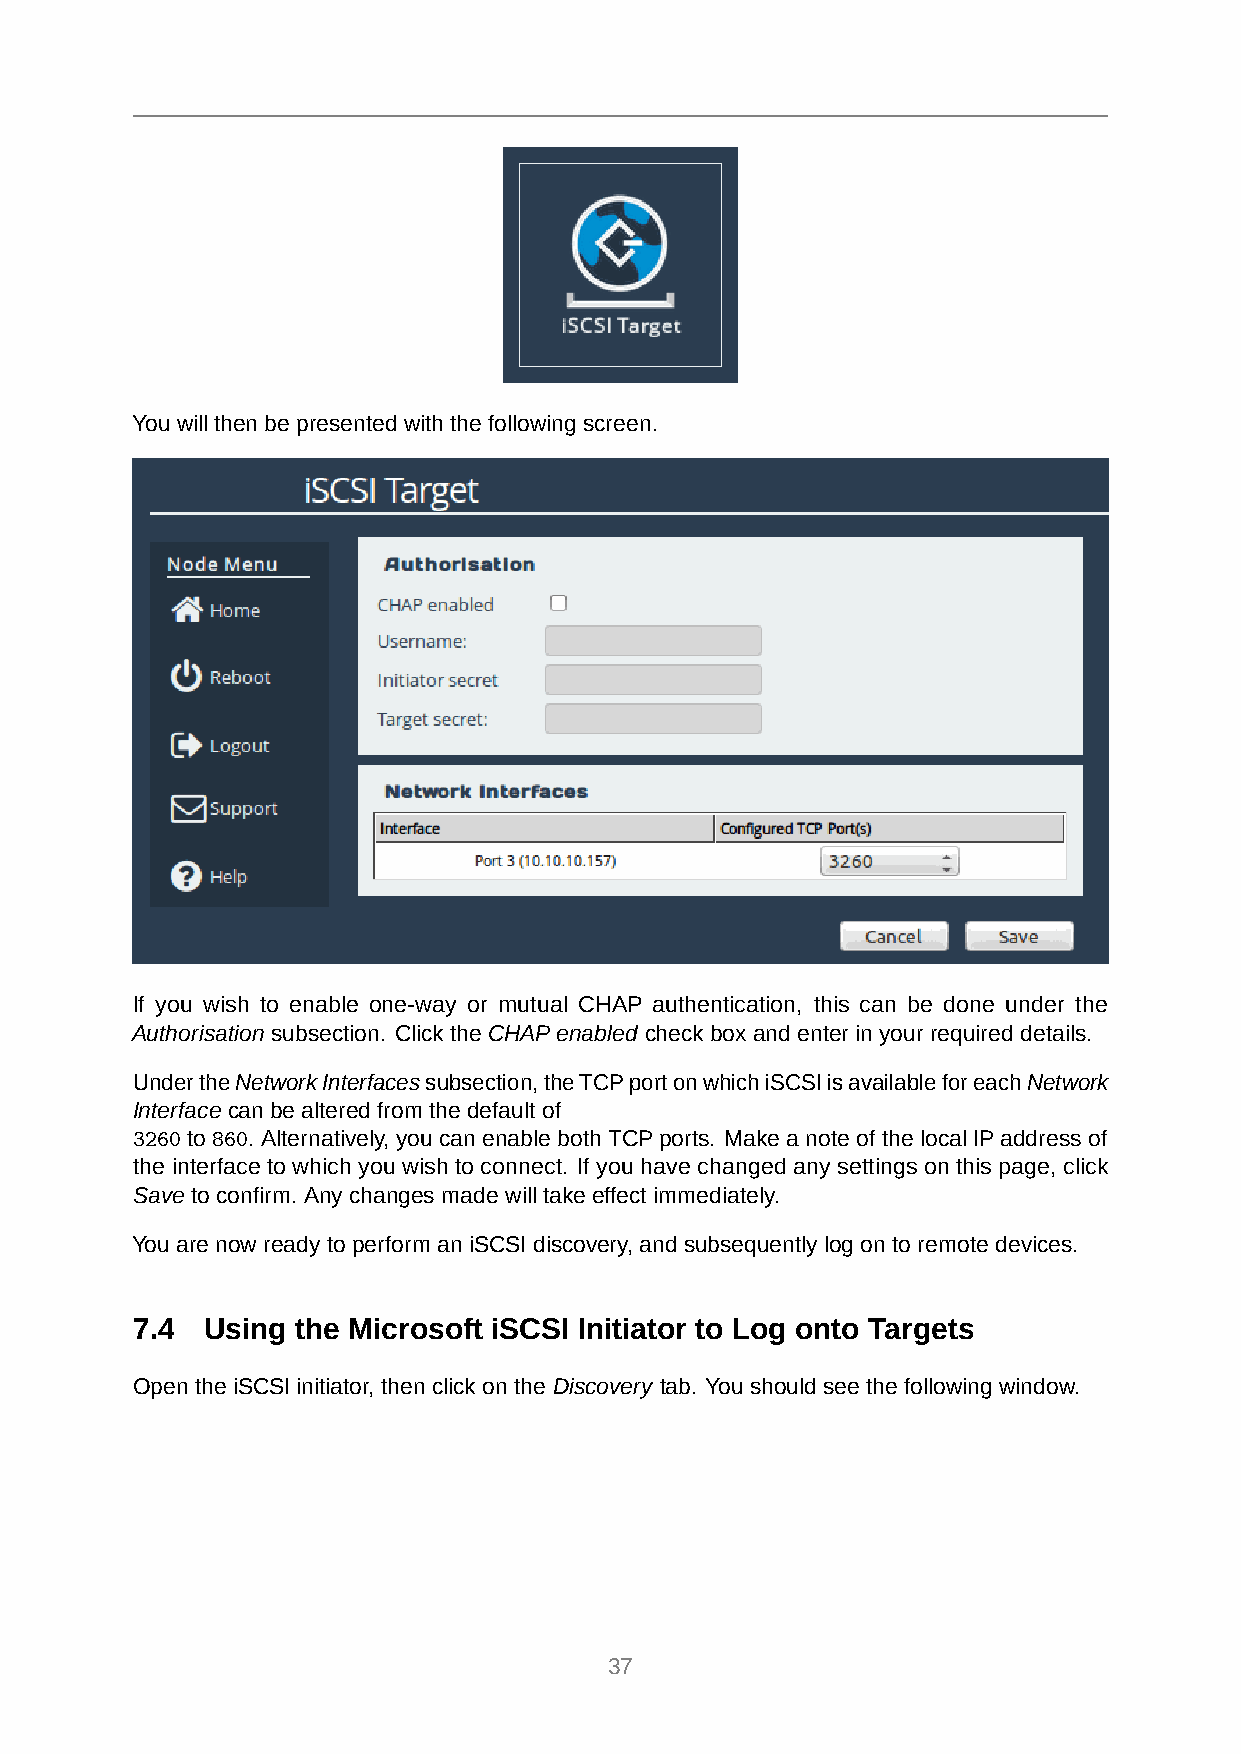
You will then be presented with the following screen.
 If you wish to enable one-way or mutual CHAP authentication, this can be done under the
 Authorisation subsection. Click the CHAPenabled check box and enter in your required details.
 UndertheNetworkInterfacessubsection,theTCPportonwhichiSCSIisavailableforeachNetwork
 Interface can be altered from the default of
 3260 to 860. Alternatively, you can enable bothTCPports. Make a note of the local IPaddress of
 the interface to which you wish to connect. If you have changed any settings on this page, click
 Save to confirm. Any changes made will take effect immediately.
 You are now ready to perform an iSCSI discovery, and subsequently log on to remote devices.
 7.4  Using the Microsoft iSCSI Initiator to Log onto Targets
 Open the iSCSI initiator, then click on the Discovery tab. You should see the following window.
 37